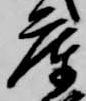
庫